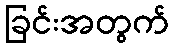
ခြင်းအတွက်